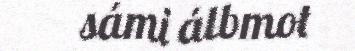
sámi álbmot